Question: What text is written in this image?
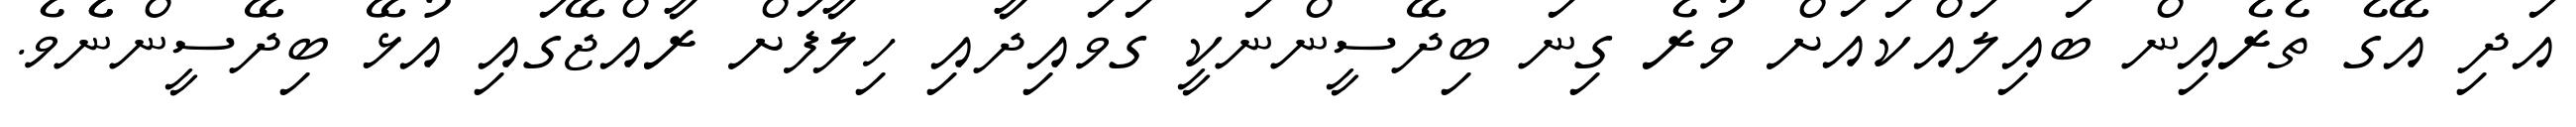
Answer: އަދި އޭގެ ތެރެއިން ބައިލައްކައަށް ވުރެ ގިނަ ބިދޭސީންނަކީ ގަވައިދާއި ހިލާފަށް ރާއްޖޭގައި އުޅޭ ބިދޭސީންނެެވެ.